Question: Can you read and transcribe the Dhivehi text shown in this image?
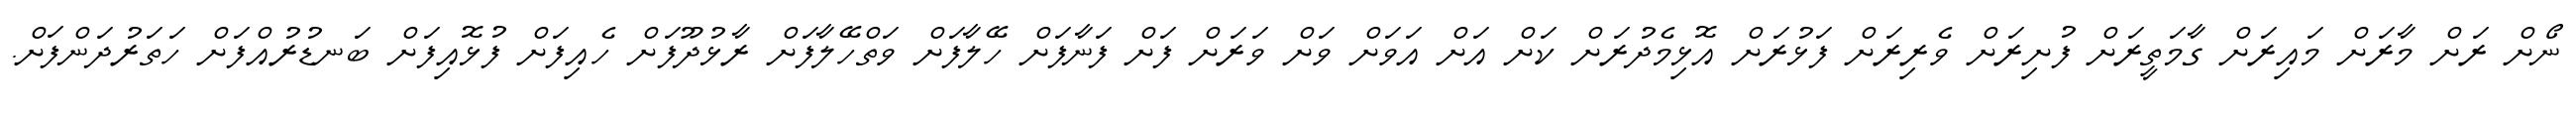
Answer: ނޯށް ރަށް މާރަށް މައިރަށް ގާމަތީރަށް ފުށިރަށް ވެރިރަށް ފަޅުރަށް އޮޅިމެދުރަށް ކަށް އަށް އަވަށް ވަށް ވަރަށް ފަށް ފަނާފަށް ހޭލާފަށް ވަތްހޭލާފަށް ރާޅުދޫފަށް ހެއިފަށް ފުޅޮއިފަށް ބަނޑުރުއްފަށް ހަތަރުދަންފަށް.